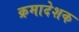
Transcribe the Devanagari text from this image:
क्रमादेशक